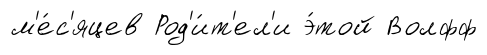
м'е́с'яцев Род'и́т'ел'и э́той Волфф